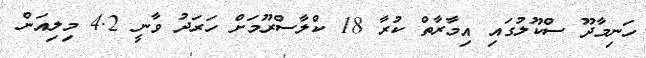
ހަނިމާދޫ ސްކޫލުގައި އިމާރާތް ކުރާ 18 ކްލާސްރޫމަށް ހަރަދު ވާނީ 4.2 މިލިއަން